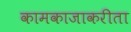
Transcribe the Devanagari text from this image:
कामकाजाकरीता